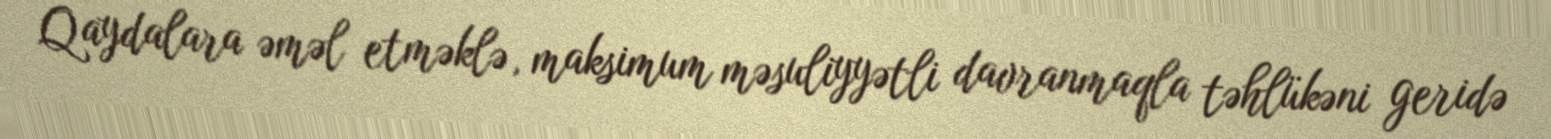
Qaydalara əməl etməklə, maksimum məsuliyyətli davranmaqla təhlükəni geridə